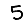
Digit: 5